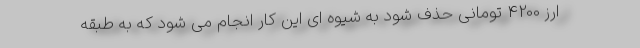
ارز 4200 تومانی حذف شود به شیوه ای این کار انجام می شود که به طبقه